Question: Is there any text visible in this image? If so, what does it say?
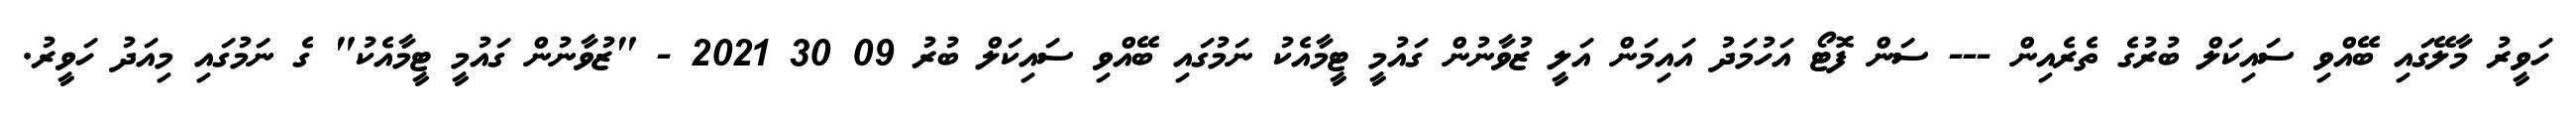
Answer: ހަވީރު މާލޭގައި ބޭއްވި ސައިކަލް ބުރުގެ ތެރެއިން --- ސަން ފޮޓޯ އަހުމަދު އައިމަން އަލީ ޒުވާނުން ގައުމީ ޓީމާއެކު ނަމުގައި ބޭއްވި ސައިކަލް ބުރު 09 30 2021 - "ޒުވާނުން ގައުމީ ޓީމާއެކު" ގެ ނަމުގައި މިއަދު ހަވީރު.